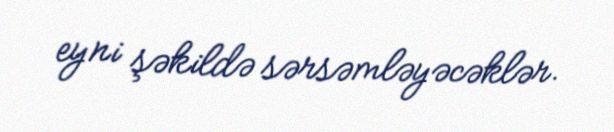
eyni şəkildə sərsəmləyəcəklər.